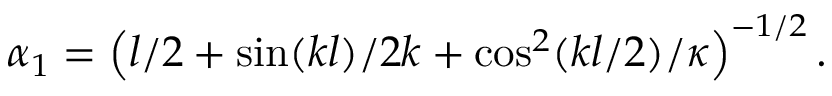
\alpha _ { 1 } = \left( l / 2 + \sin ( k l ) / 2 k + \cos ^ { 2 } ( k l / 2 ) / \kappa \right) ^ { - 1 / 2 } .